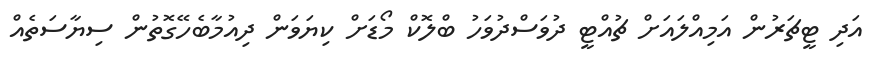
އަދި ޓީޗަރުން އަމިއްލައަށް ޗުއްޓީ ދުވަސްދުވަހު ބްލޮކް މޯޑަށް ކިޔަވަން ދިއުމާބެހޭގޮތުން ސިޔާސަތެއް